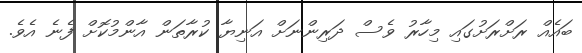
ބައެއް ރަށްރަށުގައި މިހާރު ވެސް ދަރިންނަށް އަނިޔާ ކުރާތަން އާންމުކޮށް ފެނެ އެވެ.